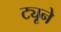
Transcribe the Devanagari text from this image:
ट्यूने